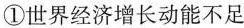
①世界经济增长动能不足